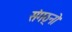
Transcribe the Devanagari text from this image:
संगठ्नो